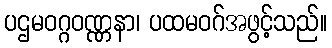
ပဌမဝဂ္ဂဝဏ္ဏနာ၊ ပထမဝဂ်အဖွင့်သည်။